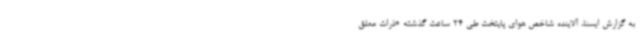
به گزارش ایسنا، آلاینده شاخص هوای پایتخت طی 24 ساعت گذشته «ذرات معلق